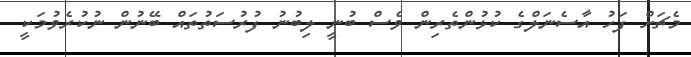
މެޗަށް ފަހު އާސެނަލްގެ ކުޅުންތެރިން ވެސް ބުނީ ލިބުނު ފުރުސަތުތައް ބޭނުން ނުކުރެވުމަކީ